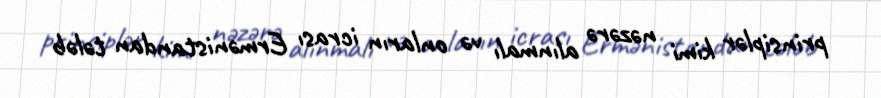
prinsiplər kimi nəzərə alınmalı və onların icrası Ermənistandan tələb